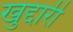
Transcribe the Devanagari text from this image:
खुद्दारी